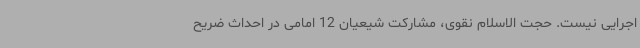
اجرایی نیست. حجت الاسلام نقوی، مشارکت شیعیان 12 امامی در احداث ضریح